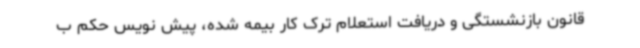
قانون بازنشستگی و دریافت استعلام ترک کار بیمه شده، پیش نویس حکم ب